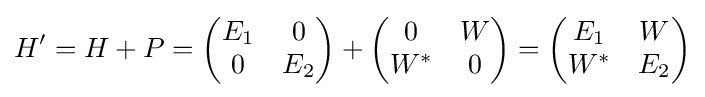
H'=H+P={\begin{pmatrix}E_{1}&0\\0&E_{2}\end{pmatrix}}+{\begin{pmatrix}0&W\\W^{*}&0\end{pmatrix}}={\begin{pmatrix}E_{1}&W\\W^{*}&E_{2}\end{pmatrix}}\,\!